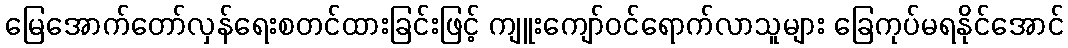
မြေအောက်တော်လှန်ရေးစတင်ထားခြင်းဖြင့် ကျူးကျော်ဝင်ရောက်လာသူများ ခြေကုပ်မရနိုင်အောင်